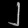
Digit: ၂